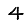
Digit: 4